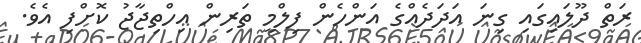
ރަތް ދޫލައިގައި ގިނަ އަދަދެއްގެ އަންހެން ފިލްމީ ތަރިން އިހްތިޖާޖު ކޮށްފި އެވެ.